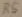
Text: R5